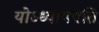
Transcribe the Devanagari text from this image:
योऽध्यापयति